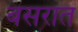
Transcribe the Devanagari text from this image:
बसरात